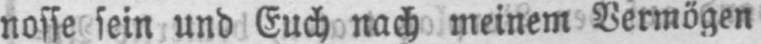
nosse sein und Euch nach meinem Vermögen